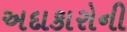
અદાકારોની